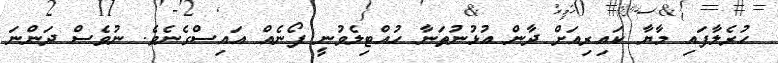
ހުރެލާފައި މާޔާ ކައިރިއަށް ދާން އުޅުނުތަނާ ހުއްޓިލެވުނީ ފޯނެއް އައިސްގެނެވެ. ނުވެސް ދަންނަ